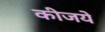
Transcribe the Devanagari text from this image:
कीजये